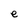
Character: e